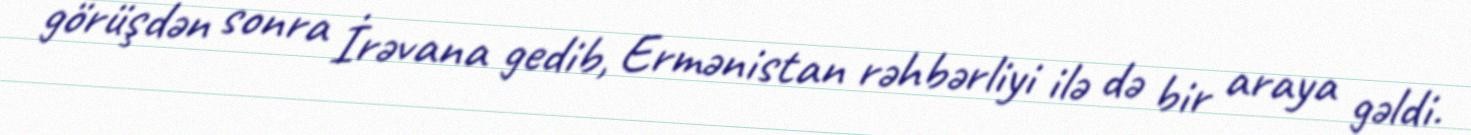
görüşdən sonra İrəvana gedib, Ermənistan rəhbərliyi ilə də bir araya gəldi.